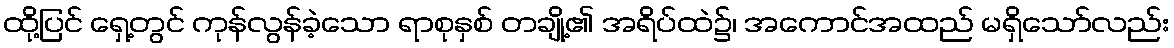
ထို့ပြင် ရှေ့တွင် ကုန်လွန်ခဲ့သော ရာစုနှစ် တချို့၏ အရိပ်ထဲ၌၊ အကောင်အထည် မရှိသော်လည်း